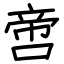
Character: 啻